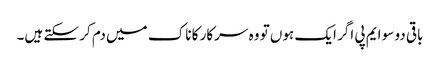
باقی دو سو ایم پی اگر ایک ہوں تو وہ سرکار کا ناک میں دم کر سکتے ہیں۔